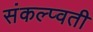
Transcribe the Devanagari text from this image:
संकल्प्वती